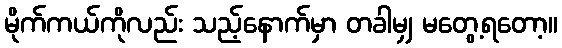
မိုက်ကယ်ကိုလည်း သည့်နောက်မှာ တခါမျှ မတွေ့ရတော့။